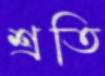
শ্রতি